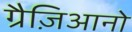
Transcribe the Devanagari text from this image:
ग्रैज़िआनो